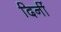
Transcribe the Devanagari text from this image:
दिनीं